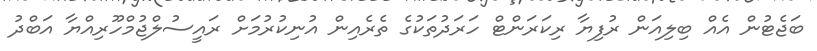
ބަޖެޓުން އެއް ބިލިއަން ރުފިޔާ ރިކަރަންޓް ހަރަދުތަކުގެ ތެރެއިން އުނިކުރުމަށް ރައީސުލްޖުމްހޫރިއްޔާ އަބްދު